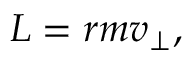
L = r m v _ { \perp } ,